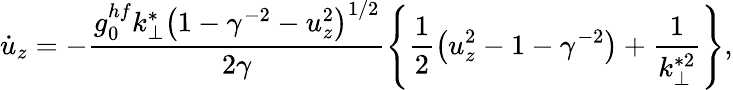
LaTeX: \dot{u}_{z}=-\frac{g_{0}^{hf}k_{\perp}^{*}\left(1-\gamma^{-2}-u_{z}^{2}\right)^{1/2}}{2\gamma}\left\{ \frac{1}{2}\left(u_{z}^{2}-1-\gamma^{-2}\right)+\frac{1}{k_{\perp}^{*2}}\right\} ,